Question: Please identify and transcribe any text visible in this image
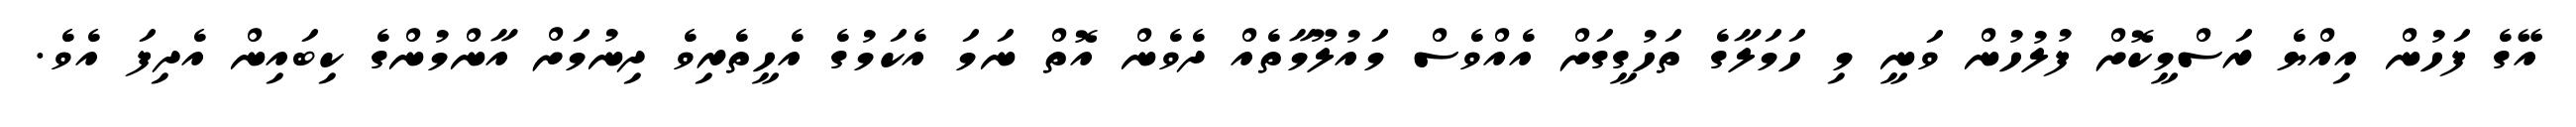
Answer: އޭގެ ފަހުން އިއްޔެ ރަސްމީކޮށް ފުލުހުން ވަނީ މި ހަމަލާގެ ތަހުގީގަށް އެއްވެސް މައުލޫމާތެއް ދެވެން އޮތް ނަމަ އެކަމުގެ އެހީތެރިވެ ދިނުމަށް އާންމުންގެ ކިބައިން އެދިފަ އެވެ.